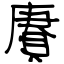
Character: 賡